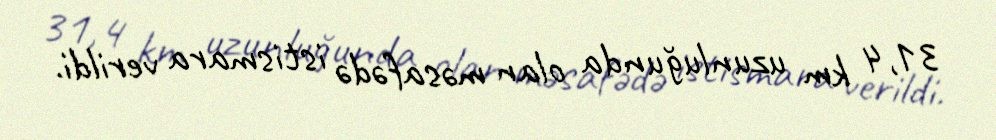
31,4 km uzunluğunda olan məsafədə istismara verildi.